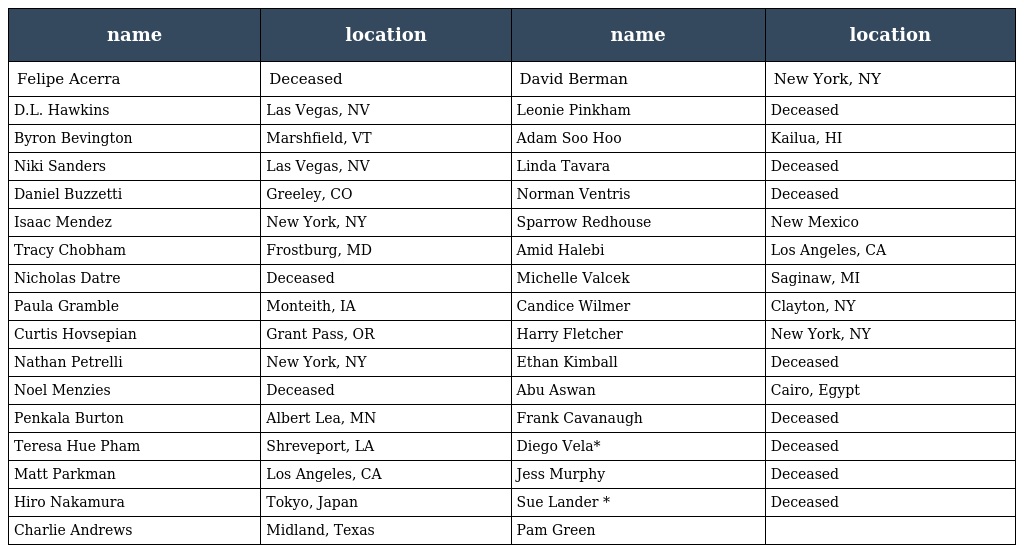
| name | location | name | location |
 | --- | --- | --- | --- |
 | Felipe Acerra | Deceased | David Berman | New York, NY |
 | D.L. Hawkins | Las Vegas, NV | Leonie Pinkham | Deceased |
 | Byron Bevington | Marshfield, VT | Adam Soo Hoo | Kailua, HI |
 | Niki Sanders | Las Vegas, NV | Linda Tavara | Deceased |
 | Daniel Buzzetti | Greeley, CO | Norman Ventris | Deceased |
 | Isaac Mendez | New York, NY | Sparrow Redhouse | New Mexico |
 | Tracy Chobham | Frostburg, MD | Amid Halebi | Los Angeles, CA |
 | Nicholas Datre | Deceased | Michelle Valcek | Saginaw, MI |
 | Paula Gramble | Monteith, IA | Candice Wilmer | Clayton, NY |
 | Curtis Hovsepian | Grant Pass, OR | Harry Fletcher | New York, NY |
 | Nathan Petrelli | New York, NY | Ethan Kimball | Deceased |
 | Noel Menzies | Deceased | Abu Aswan | Cairo, Egypt |
 | Penkala Burton | Albert Lea, MN | Frank Cavanaugh | Deceased |
 | Teresa Hue Pham | Shreveport, LA | Diego Vela* | Deceased |
 | Matt Parkman | Los Angeles, CA | Jess Murphy | Deceased |
 | Hiro Nakamura | Tokyo, Japan | Sue Lander * | Deceased |
 | Charlie Andrews | Midland, Texas | Pam Green |  |